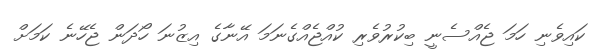
ކައިވެނި ހަމަ ޖެއްސެނީ ބިކުރުވެރި ކުއްޖެއްގެނަމަ އޭނާގެ އިޒުނަ ހޯދަން ޖެހޭނެ ކަމަށް